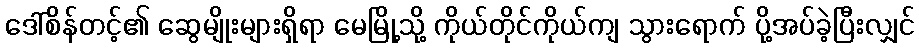
ဒေါ်စိန်တင့်၏ ဆွေမျိုးများရှိရာ မေမြို့သို့ ကိုယ်တိုင်ကိုယ်ကျ သွားရောက် ပို့အပ်ခဲ့ပြီးလျှင်